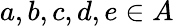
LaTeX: a,b,c,d,e\in A